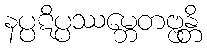
နပ္ပဋိပ္ပဿမ္ဘေတဗ္ဗန္တိ